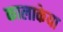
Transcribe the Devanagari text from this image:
कालाकेया